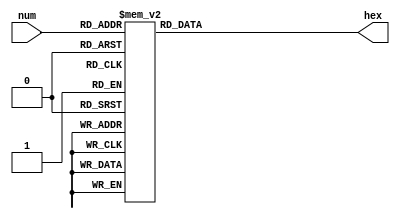
module number_to_hex_display( num, hex ) ;
	input [3:0] num ;
	output [6:0] hex ;
	
	// hex segments are active low
	// 	6 = top
	//	5 = top right
	//	4 = bottom right
	//	3 = bottom
	//	2 = bottom left
	//	1 = top left
	//	0 = middle
	reg [0:6] hex ;
	always @( num )
	begin
		case( num )		
			4'h0:	hex = 7'b1111111 ;	// display blank
			4'h1:	hex = 7'b1111001 ;
			4'h2:	hex = 7'b0100100 ;
			4'h3:	hex = 7'b0110000 ;
			4'h4:	hex = 7'b0011001 ;
			4'h5:	hex = 7'b0010010 ;
			4'h6:	hex = 7'b0000010 ;
			4'h7:	hex = 7'b1111000 ;
			4'h8:	hex = 7'b0000000 ;
			4'h9:	hex = 7'b0011000 ;
			4'hA:	hex = 7'b0001000 ;
			4'hB:	hex = 7'b0000011 ;
			4'hC:	hex = 7'b1000110 ;
			4'hD:	hex = 7'b0100001 ;
			4'hE:	hex = 7'b0000110 ;
			4'hF:	hex = 7'b0001110 ;			
		endcase
	end
endmodule